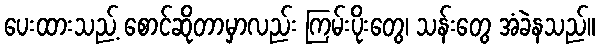
ပေးထားသည့် စောင်ဆိုတာမှာလည်း ကြမ်းပိုးတွေ၊ သန်းတွေ အံခဲနသည်။